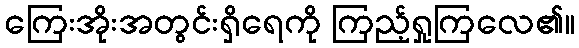
ကြေးအိုးအတွင်းရှိရေကို ကြည့်ရှုကြလေ၏။